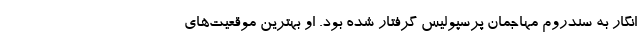
انگار به سندروم مهاجمان پرسپولیس گرفتار شده بود. او بهترین موقعیت‌های